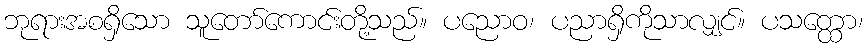
ဘုရားအစရှိသော သူတော်ကောင်းတို့သည်။ ပညောဝ၊ ပညာရှိကိုသာလျှင်။ ပသတ္ထော၊